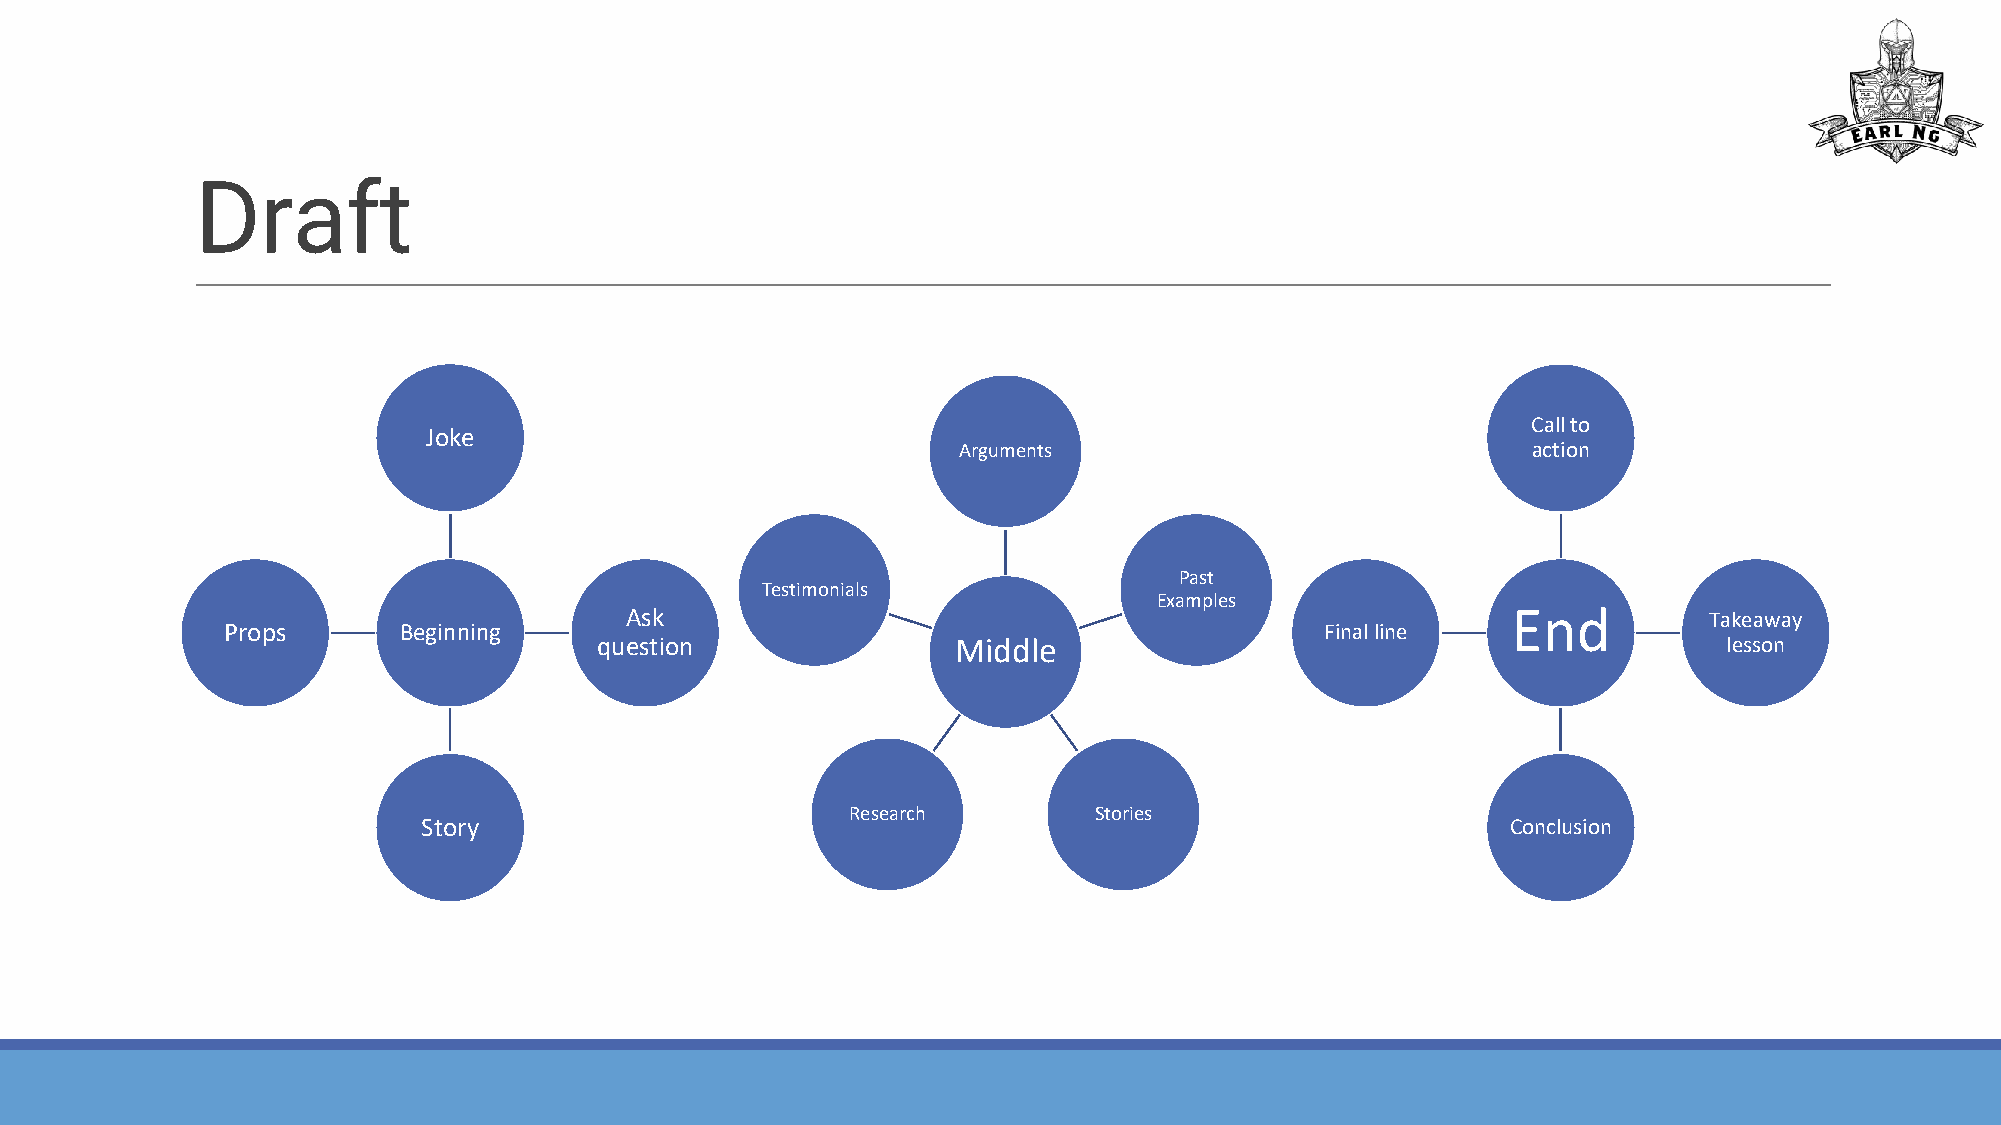
Draft
 Call to
 Joke
 Arguments                             action
 Past
 Testimonials
 Examples
 Ask                                                        End          Takeaway
 Props      Beginning                                                     Final line
 question               Middle                                             lesson
 Research        Stories
 Story                                                                   Conclusion